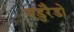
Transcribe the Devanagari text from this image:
एडुरैडो